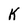
Character: K